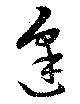
逢